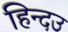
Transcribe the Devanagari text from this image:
हिन्दउ